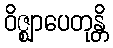
ဝိဇ္ဈာပေတုန္တိ